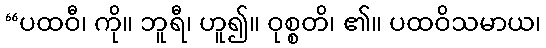
“ပထဝီ၊ ကို။ ဘူရီ၊ ဟူ၍။ ဝုစ္စတိ၊ ၏။ ပထဝိသမာယ၊